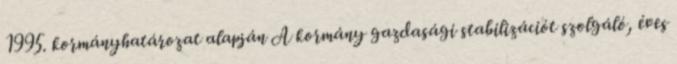
1995. kormányhatározat alapján A kormány gazdasági stabilizációt szolgáló, éves